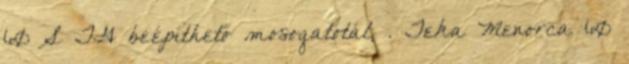
60 S TG beépíthető mosogatótál, . Teka Menorca 60